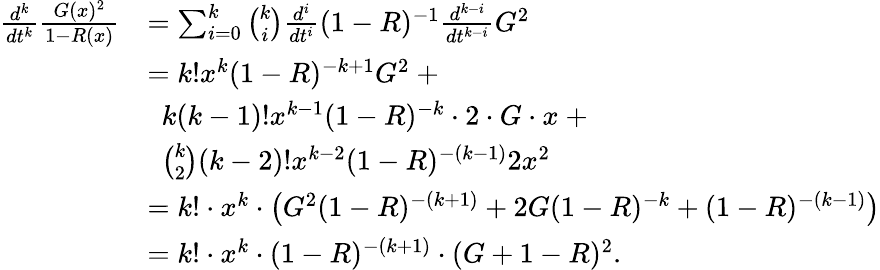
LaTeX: \begin{array}{rl}{\frac{d^{k}}{dt^{k}}\frac{G(x)^{2}}{1-R(x)}}&{=\sum_{i=0}^{k}{\binom{k}{i}}\frac{d^{i}}{dt^{i}}(1-R)^{-1}\frac{d^{k-i}}{dt^{k-i}}G^{2}}\\ &{=k!x^{k}(1-R)^{-k+1}G^{2}\ +}\\ &{\ \ k(k-1)!x^{k-1}(1-R)^{-k}\cdot 2\cdot G\cdot x\ +}\\ &{\ \ {\binom{k}{2}}(k-2)!x^{k-2}(1-R)^{-(k-1)}2x^{2}}\\ &{=k!\cdot x^{k}\cdot\left(G^{2}(1-R)^{-(k+1)}+2G(1-R)^{-k}+(1-R)^{-(k-1)}\right)}\\ &{=k!\cdot x^{k}\cdot(1-R)^{-(k+1)}\cdot(G+1-R)^{2}.}\end{array}